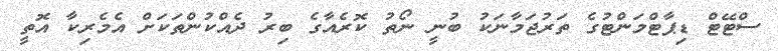
ސްޓޭޓް ޑިޕާޓްމަންޓުގެ ތަރުޖަމާނަކު ބުނީ ނޯތު ކޮރެއާގެ ބިރު ދެއްކުންތަކަށް އެމެރިކާ އޮތީ